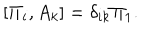
[ \Pi _ { i } , A _ { k } ] = \delta _ { i k } \Pi _ { 1 } .